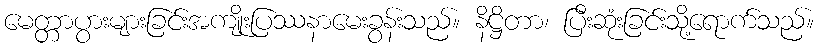
မေတ္တာပွားများခြင်းအကျိုးပြဿနာမေးခွန်းသည်။ နိဋ္ဌိတာ၊ ပြီးဆုံးခြင်းသို့ရောက်သည်။